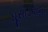
ઘૂસાડવાના